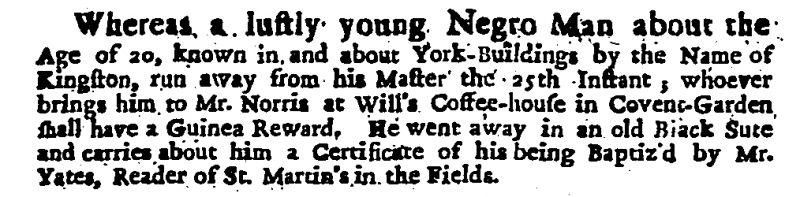
Daily Courant, 27 December 1709 (England)
Whereas a lustly young Negro Man about the Age of 20, known in and about York-Buildings by the Name of Kingston, run away from his Master the 25th Instant; whoever brings him to Mr. Norris at Will’s Coffee-house in Covent-Garden shall have a Guinea Reward. He went away in an old Black Sute and carries about him a Certificate of his being Baptiz’d by Mr. Yates, Reader of St. Martin’s in the Fields.